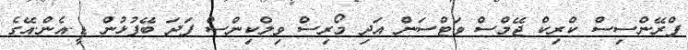
ފްރޭންސިސް ކްރިކް ޖޭމްސް ވަޓްސަން އަދި މޯރިސް ވިލްކިންސް ފަދަ ބޭފުޅުން ޑީ.އެން.އޭގެ